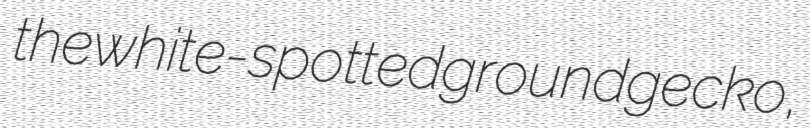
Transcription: the white-spotted ground gecko,